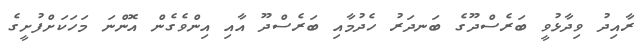
ރާއިދު ވިދާޅުވީ ބަރެސްދޫގެ ބަނދަރު ހެދުމާއި ބަރެސްދޫ އާއި އިންވެގެން އޮންނަ މަހަކަށްފުށީގެ